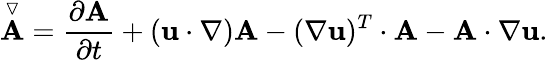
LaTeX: \overset{\triangledown}{\mathbf{A}}=\frac{\partial\mathbf{A}}{\partial t}+(\mathbf{u}\cdot\mathbf{\nabla})\mathbf{A}-(\mathbf{\nabla}\mathbf{u})^{T}\cdot\mathbf{A}-\mathbf{A}\cdot\mathbf{\nabla}\mathbf{u}.